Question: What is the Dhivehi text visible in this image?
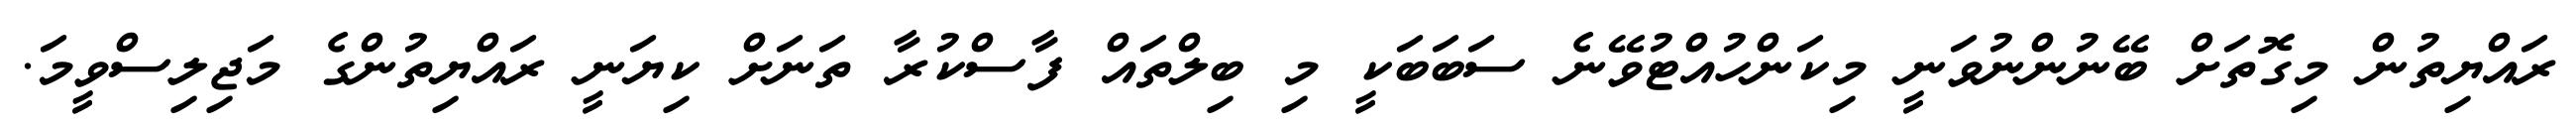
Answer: ރައްޔިތުން މިގޮތަށް ބޭނުންނުވަނީ މިކަންހުއްޓުވޭނެ ސަބަބަކީ މި ބިލްތައް ފާސްކުރާ ތަނަށް ކިޔަނީ ރައްޔިތުންގެ މަޖިލިސްވީމަ.